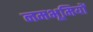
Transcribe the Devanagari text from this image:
नमभूमियों